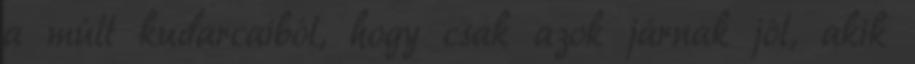
a múlt kudarcaiból, hogy csak azok járnak jól, akik